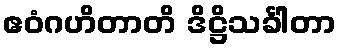
ဧဝံဂဟိတာတိ ဒိဋ္ဌိသင်္ခါတာ